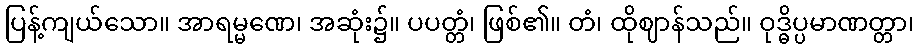
ပြန့်ကျယ်သော။ အာရမ္မဏေ၊ အဆုံး၌။ ပပတ္တံ၊ ဖြစ်၏။ တံ၊ ထိုဈာန်သည်။ ဝုဒ္ဓိပ္ပမာဏတ္တာ၊